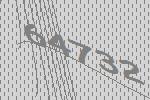
64732